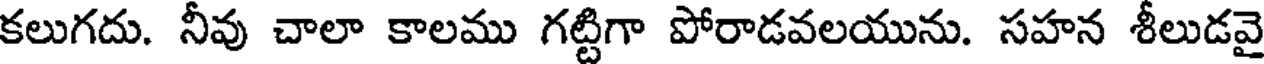
కలుగదు. నీవు చాలా కాలము గట్టిగా పోరాడవలయును. సహన శీలుడవై